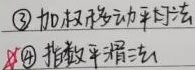
\textcircled{3} 加权移动平均法
\textcircled{4} 指数平滑法